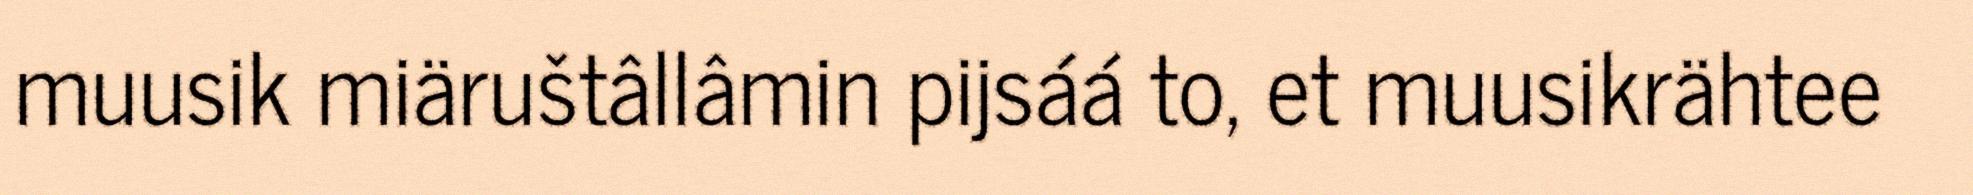
muusik miäruštâllâmin pijsáá to, et muusikrähtee